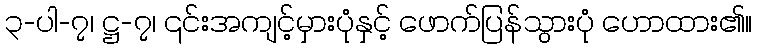
၃-ပါ-၇၊ ဋ္ဌ-၇၊ ၎င်းအကျင့်မှားပုံနှင့် ဖောက်ပြန်သွားပုံ ဟောထား၏။